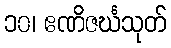
၁၀၊ ဧဏိဇင်္ဃသုတ်